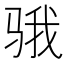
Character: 𱅗